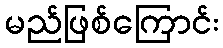
မည်ဖြစ်ကြောင်း